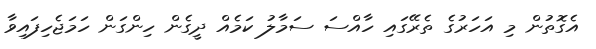
އެގޮތުން މި އަހަރުގެ ތެރޭގައި ހާއްސަ ސަމާލު ކަމެއް ދީގެން ހިންގަން ހަމަޖެހިފައިވާ